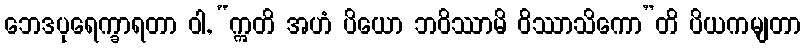
ဘေဒပုရေက္ခာရတာ ဝါ, “ဣတိ အဟံ ပိယော ဘဝိဿာမိ ဝိဿာသိကော”တိ ပိယကမျတာ